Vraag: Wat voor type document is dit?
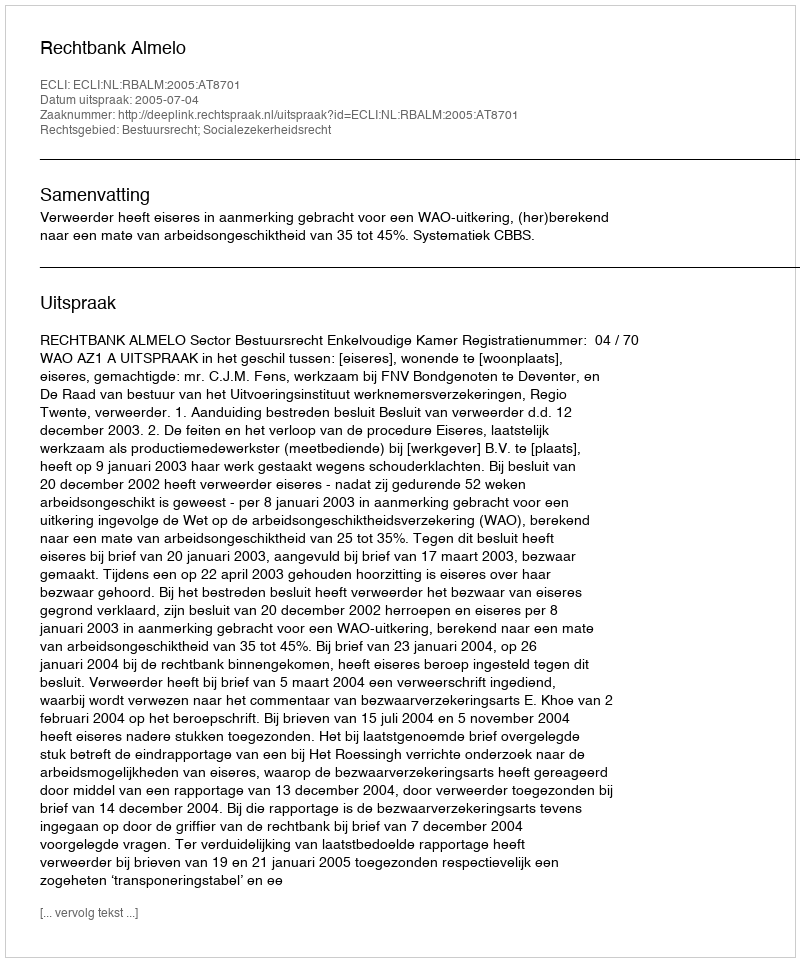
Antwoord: Uitspraak